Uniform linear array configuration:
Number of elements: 4
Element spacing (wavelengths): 1
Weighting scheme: blackman
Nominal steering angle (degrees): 0
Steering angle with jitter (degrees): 1.118
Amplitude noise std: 0.05
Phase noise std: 0.05

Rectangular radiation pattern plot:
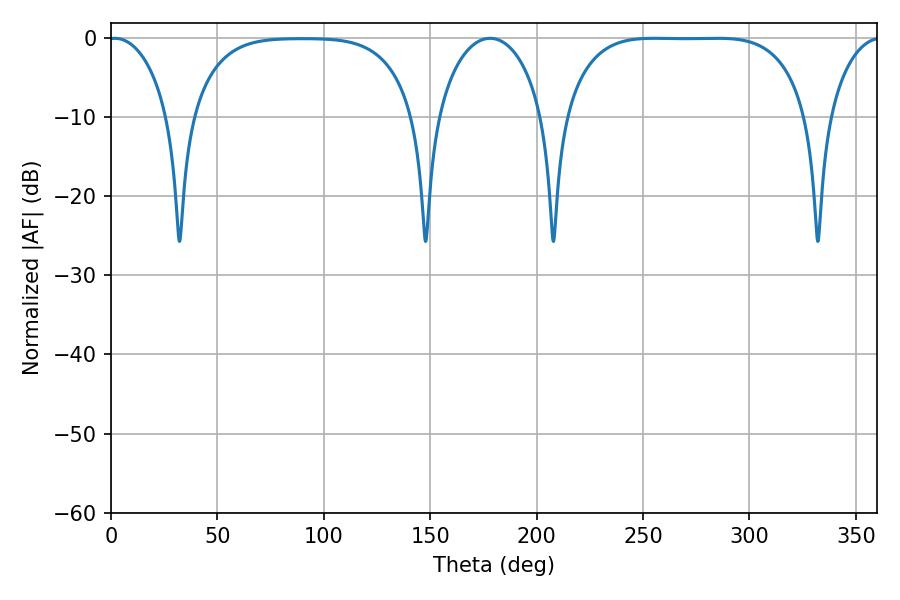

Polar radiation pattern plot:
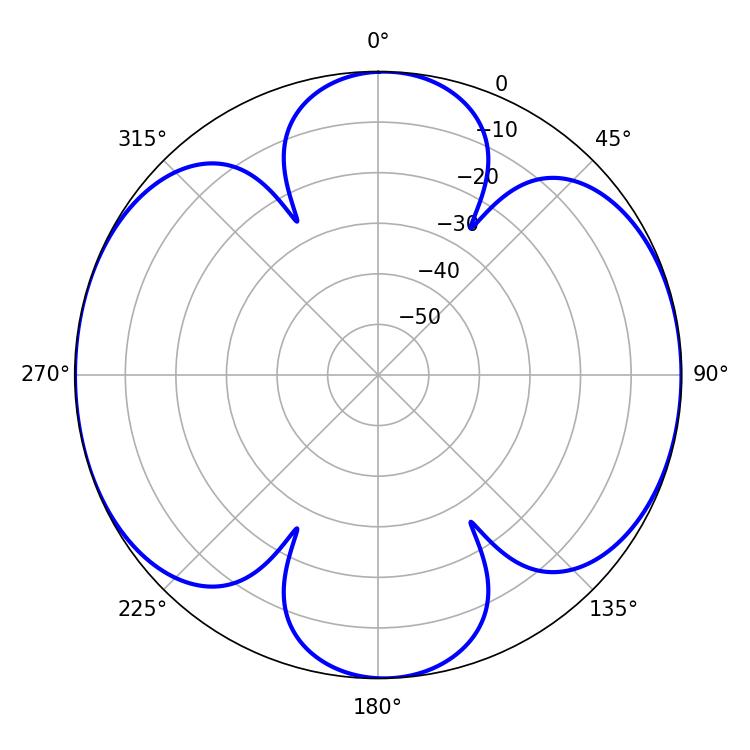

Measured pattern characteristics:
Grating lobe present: TRUE
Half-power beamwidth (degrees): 88.2
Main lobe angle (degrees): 255.42